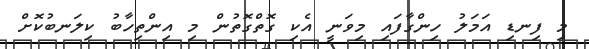
މި ފިނޑި އަމަލު ހިންގާފައި މިވަނީ އެކި ގޮތްގޮތުން މި އިންތިހާބު ކިލަނބުކޮށް